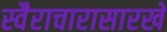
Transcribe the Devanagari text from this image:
स्वैराचारासारखे